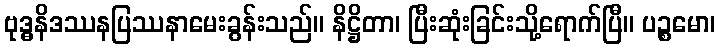
ဗုဒ္ဓနိဒဿနပြဿနာမေးခွန်းသည်။ နိဋ္ဌိတာ၊ ပြီးဆုံးခြင်းသို့ရောက်ပြီ။ ပဉ္စမော၊